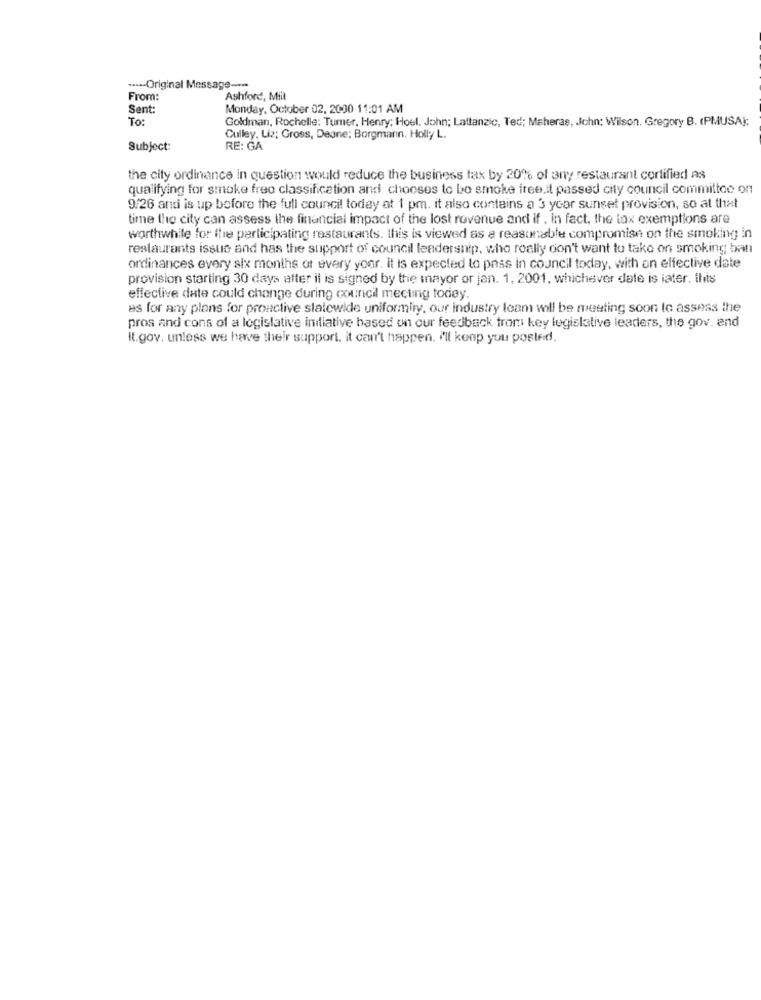
...-- Original Message ---
From:
Ashford, Mill
Sent:
Monday, October 02, 2000 11:01 AM
To:
Goldman, Rochelle: Tumer, Henry; Hoel. John; Lattanzic, Ted; Maheras, John: Wilson. Gregory B. (PMUSA):
Culley. Liz; Gross, Degne; Borgmann. Holly L.
Subject:
RE: GA
the city ordinance in question would reduce the business tax by 20% of any restaurant cortified as
qualifying for smoke free classification and chooses to be smoke free.it passed city council committee on
9/26 and is up before the full council today at 1 pm. it also contains a 3 year sunset provision, so at that
time the city can assess the financial impact of the lost revenue and if . in fact, the tax exemptions are
worthwhile for the participating restaurants. this is viewed as a reasonable compromise on the smoking in
restaurants issue and has the support of council leadership, who really don't want to take on smoking ban
ordinances every six months of every your. it is expected to pass in council today, with on effective date
provision starting 30 days after il is signed by the inayor or jan. 1. 2001, whichever date is later. this
effective date could change during council meeting today.
as for any plans for proactive statewide uniformliy, our industry team will be meeting soon to assess the
pros and cons of a legislative initiative based on our feedback from key legislative leaders, the gov. and
It.gov. unless we have their support. it can't happen. I'll keep you posted.